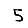
Digit: 5